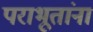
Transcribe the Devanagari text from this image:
पराभूतांना